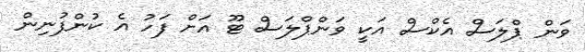
ވަން ޕްލަސް އެކްސް އަކީ ވަންޕްލަސް ޓޫ އަށް ފަހު އެ ކުންފުނިން